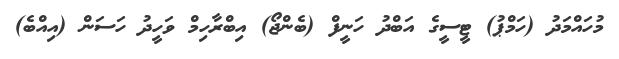
މުހައްމަދު (ހަމްޕު) ޓީސީގެ އަބްދު ހަނީފް (ބެންޖޯ) އިބްރާހިމް ވަހީދު ހަސަން (އިއްބެ)